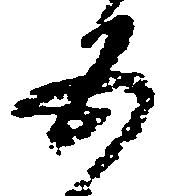
五